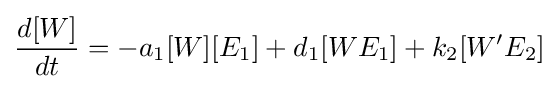
{\frac {d[W]}{dt}}=-a_{1}[W][E_{1}]+d_{1}[WE_{1}]+k_{2}[W'E_{2}]